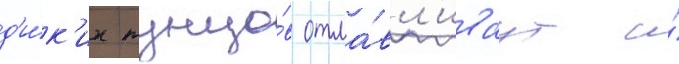
д'и́к'их тунцо́в отла́вл'иваут и́